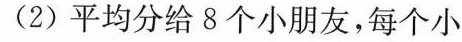
(2)平均分给8个小朋友，每个小